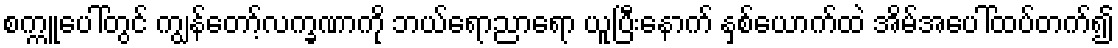
စက္ကူပေါ်တွင် ကျွန်တော့်လက္ခဏာကို ဘယ်ရောညာရော ယူပြီးနောက် နှစ်ယောက်ထဲ အိမ်အပေါ်ထပ်တက်၍